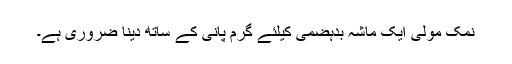
نمک مولی ایک ماشہ بدہضمی کیلئے گرم پانی کے ساتھ دینا ضروری ہے۔